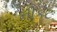
નીકટ